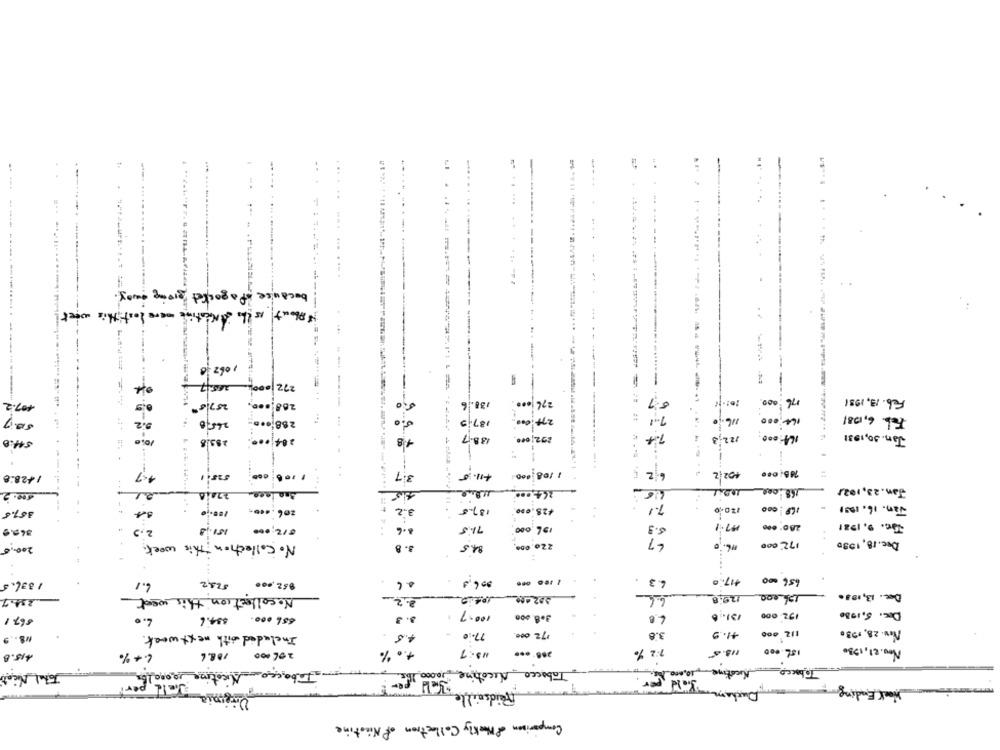
-...
....
.....
-
..
because of agocket giving away.
" About is the Mentine were lost this week!
----
1067
-
268 000,
-
Feb. 13, 1981
107.2
257/5 #
38.6
276 00
000
76
265.0
288 000
187;
277:000
...
164
Feb. 6,1081
164:000
Jan. 30,1931
10:0
283.8
....
204
138.7
292 060
4
/22,3
1 106
+11.5
/ 108,000
6.2
1428:8
3.7
168:000
Jan. 23,102/
500-2
3.2
187.5
425.000
7.1
Jan. 16. 1991
361.6
6.9
The. 9. 1931
349.9
€12,000
196.000
3
200,5
No Collection This week.
3. 8
172 000
Dec. 18, 1930
4.3
+17.0
656 000
1 336.5
6.1
524,2
$52,000
006,3
Dec. 13,1030
234.7
Nocollection this week
2.2
129.8
194,000
3 . 3
100-7
3.8.000
131. 6
172.000
Dc. 5,1980
867.1
$34.6
Nov. 28, 1980
N8 . 9
Included with next week .
4.5
77.0
172 000.
3.8
1.9
40 %
NS. 7
1.2 %
13.5
186 000
Nov. 21, 1930
415.8
6.4%
Tobacco
Total Necati
Tabacco Nicotine 10000 1b
Tabacco Nicotine 10000 11
Nicotine, 10,000 Ks.
Ducham fold per
Held per
Jeld perl
Hoek Ending
Uremia
Reidsville
Comparison & Weakly Collection of Nicotine